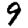
Digit: 9